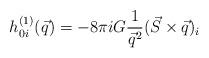
LaTeX: \begin{align*}h_{0i}^{(1)}(\vec{q})=-8\pi i G{1\over \vec{q}^2}(\vec{S}\times\vec{q})_i\end{align*}